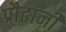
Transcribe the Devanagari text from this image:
प्रौढानी